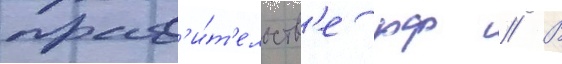
прав'и́т'ельств'е рф // В